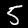
Label: 5